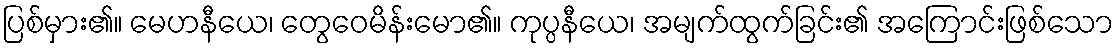
ပြစ်မှား၏။ မေဟနီယေ၊ တွေဝေမိန်းမော၏။ ကုပ္ပနီယေ၊ အမျက်ထွက်ခြင်း၏ အကြောင်းဖြစ်သော